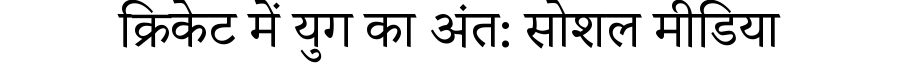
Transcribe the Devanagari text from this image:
क्रिकेट में युग का अंत: सोशल मीडिया